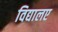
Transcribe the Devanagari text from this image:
विद्यालए